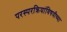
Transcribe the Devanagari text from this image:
परस्परक्रियांविषयीच्या